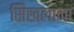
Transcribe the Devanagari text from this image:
सिखलाना